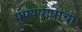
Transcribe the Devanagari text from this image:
पुण्यपापांची